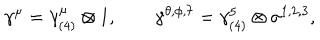
\gamma ^ { \mu } = \gamma _ { ( 4 ) } ^ { \mu } \otimes 1 , \qquad \gamma ^ { \theta , \phi , 7 } = \gamma _ { ( 4 ) } ^ { 5 } \otimes \sigma ^ { 1 , 2 , 3 } ,